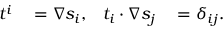
\begin{array} { r l r l } { t ^ { i } } & { { } = \nabla s _ { i } , } & { t _ { i } \cdot \nabla s _ { j } } & { { } = \delta _ { i j } . } \end{array}